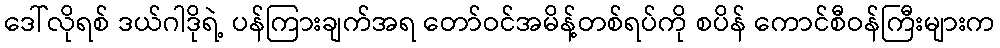
ဒေါ်လိုရစ် ဒယ်ဂါဒိုရဲ့ ပန်ကြားချက်အရ တော်ဝင်အမိန့်တစ်ရပ်ကို စပိန် ကောင်စီဝန်ကြီးများက